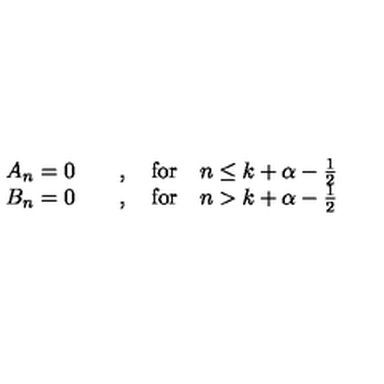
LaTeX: \begin{array} { c } { A _ { n } = 0 \qquad , \quad \mathrm { f o r } \quad n \leq k + \alpha - \frac { 1 } { 2 } } \\ { B _ { n } = 0 \qquad , \quad \mathrm { f o r } \quad n > k + \alpha - \frac { 1 } { 2 } } \\ \end{array}